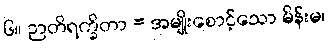
၆။ ဉာတိရက္ခိတာ = အမျိုးစောင့်သော မိန်းမ၊